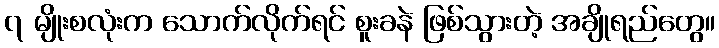
၇ မျိုးစလုံးက သောက်လိုက်ရင် စူးခနဲ ဖြစ်သွားတဲ့ အချိုရည်တွေ။